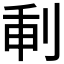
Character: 𠜕